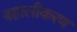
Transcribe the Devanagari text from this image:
बहालीकरण